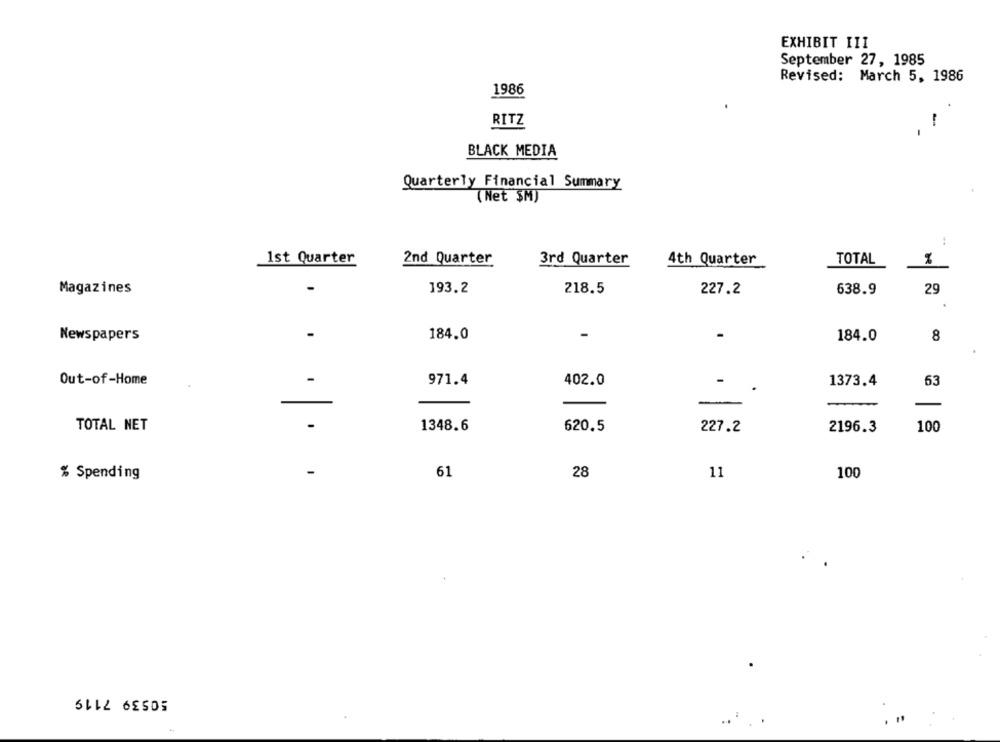
EXHIBIT III
September 27, 1985
Revised: March 5, 1986
1986
RITZ
BLACK MEDIA
Quarterly Financial Summary
(Net SM)
2nd Quarter
1st Quarter
3rd Quarter
4th Quarter
TOTAL
Magazines
193.2
218.5
227.2
638.9
29
Newspapers
-
184.0
184.0
8
Out-of-Home
-
971.4
402.0
-
1373.4
63
TOTAL NET
1348.6
620.5
227.2
2196.3
100
61
28
11
100
% Spending
50539 7119